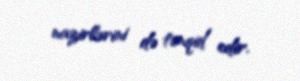
nazirlərini də tənqid edir.